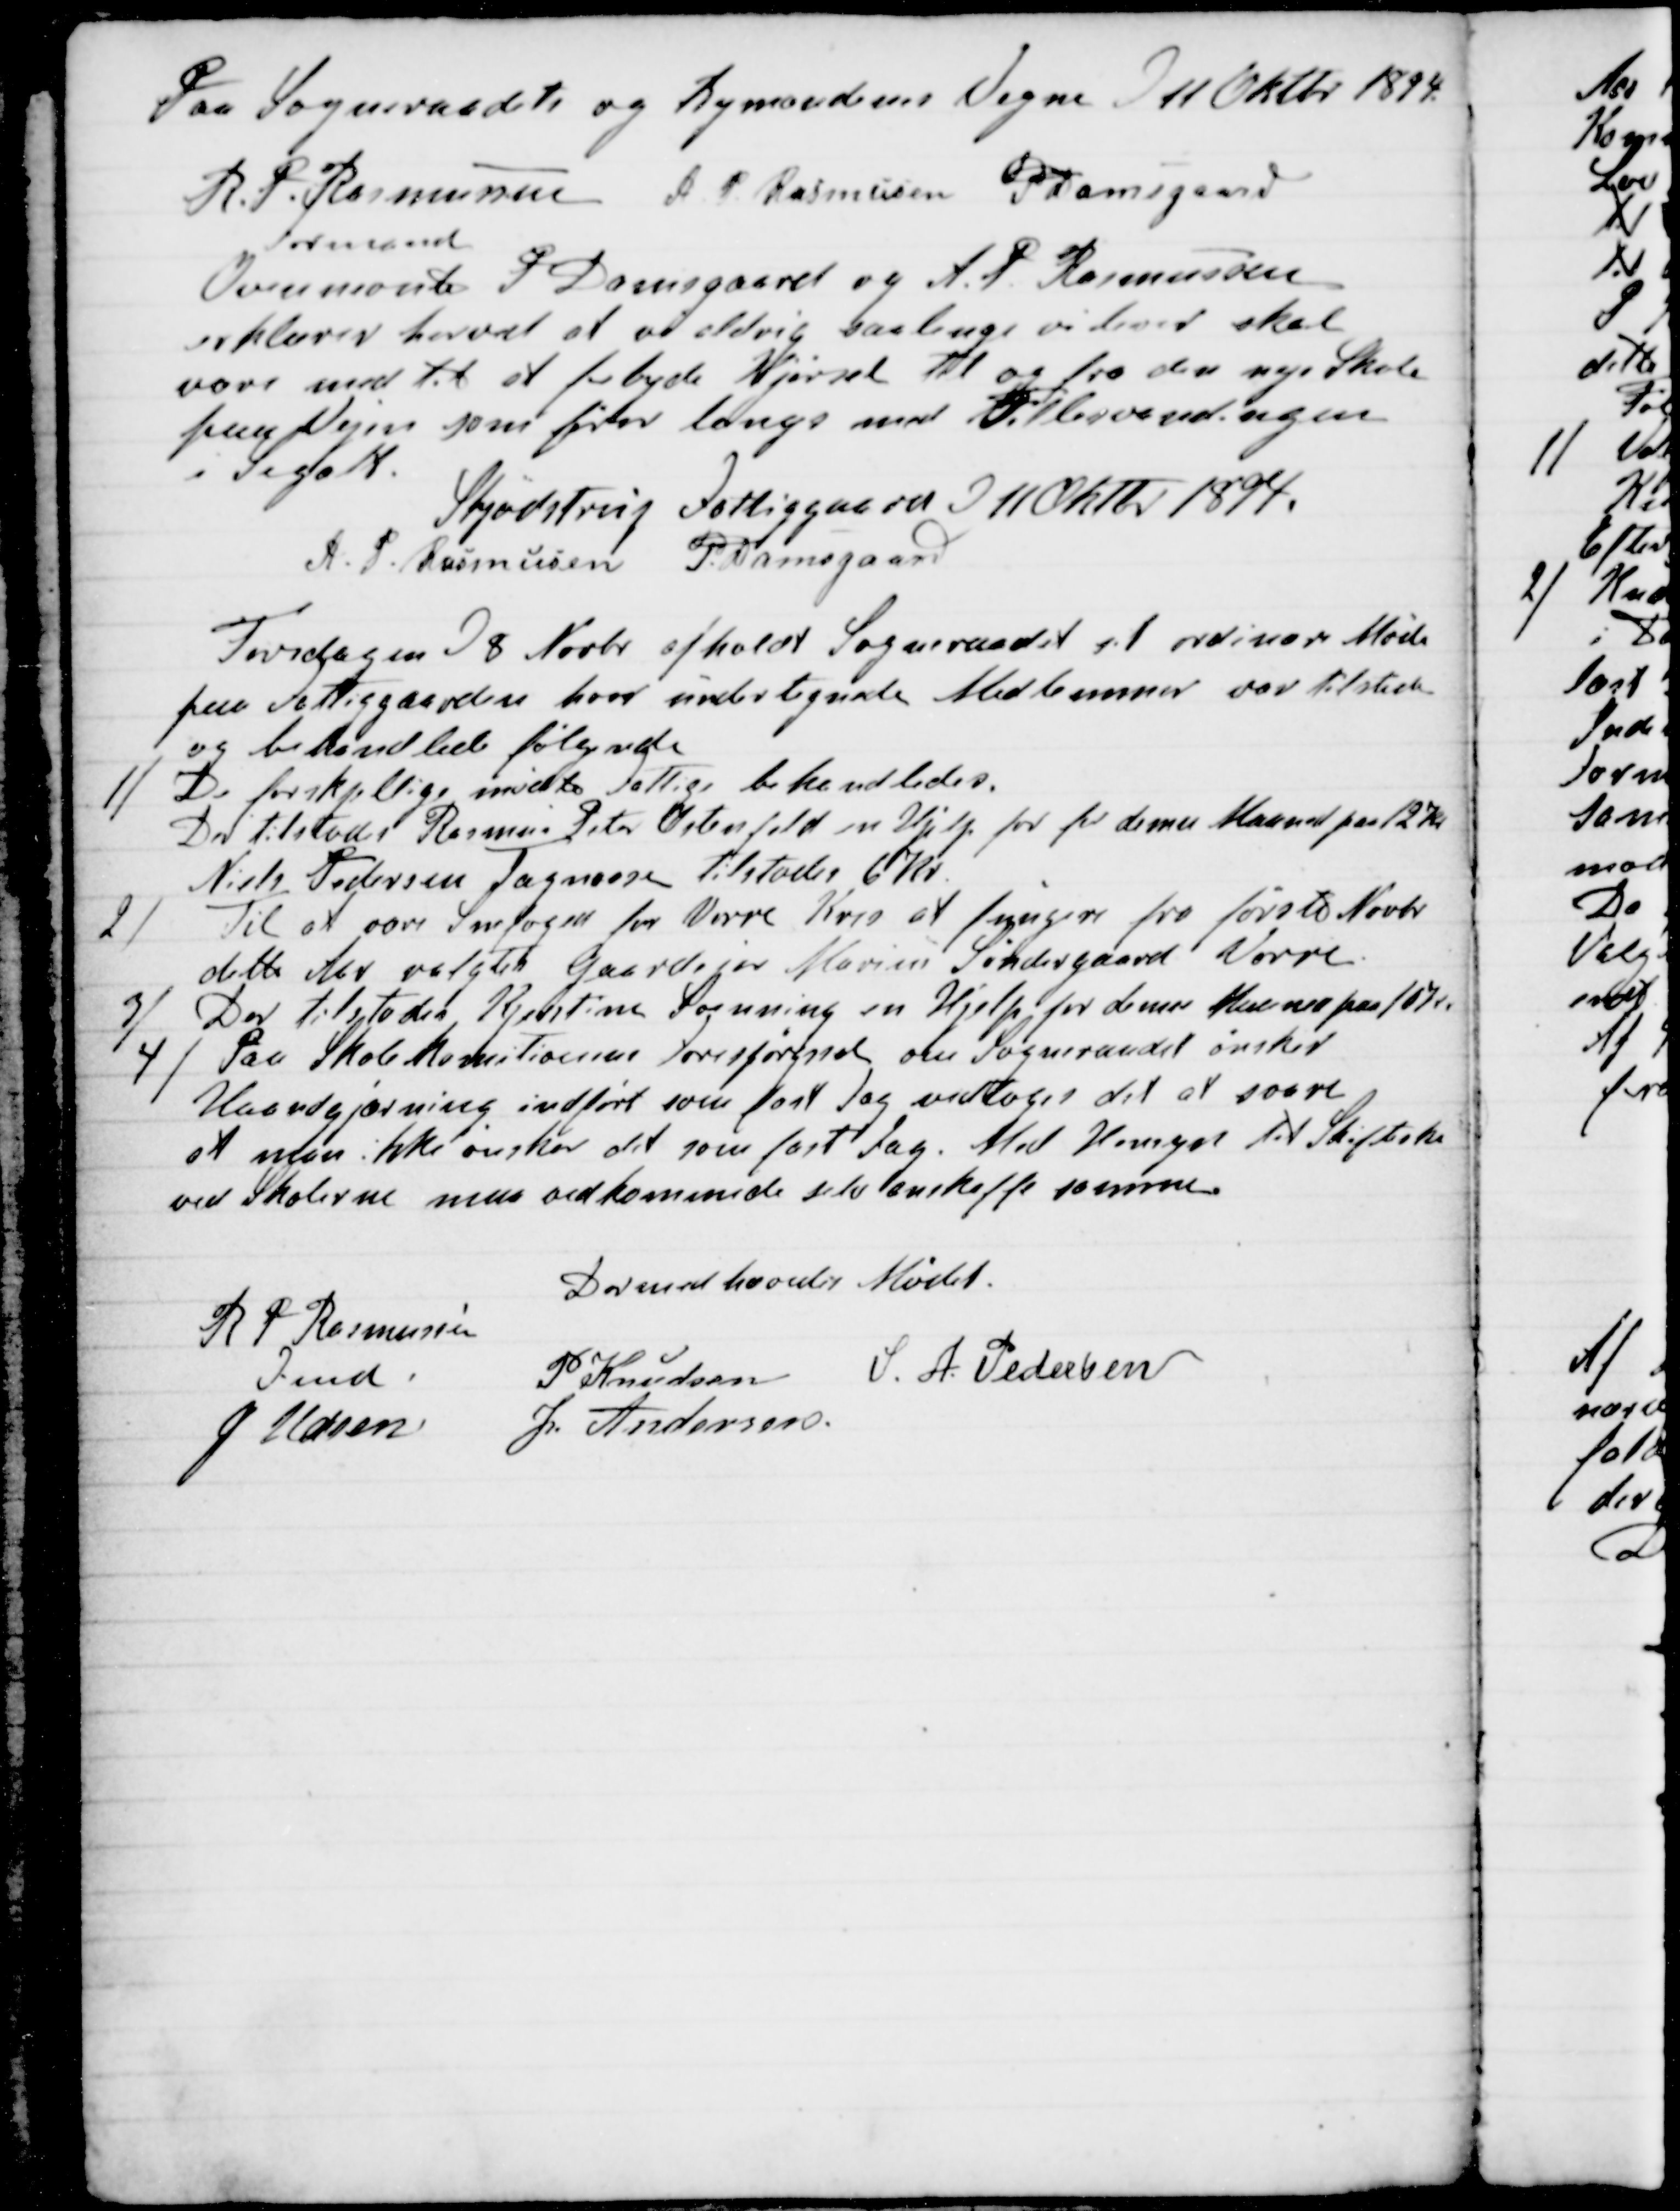
Transskription:
Paa Sogneraadets og Bymændenes Vegne D 11 Oktbr 1894.
R. P. Rasmussen
Formand
A. P. Rasmussen
P Damsgaard
Ovennævnte P Damsgaard og A. P. Rasmussen
erklærer herved at vi aldrig saalænge vi lever skal
være med til at forbyde Kjørsel til og fra den nye Skole
paa Vejen som fører langs med Fellesvandingen
i Segalt.
Skjødstrup Fattiggaard D 11 Oktbr 1894.
A. P. Rasmussen
P. Damsgaard

Torsdagen D 8 Novbr afholdt Sogneraadet sit ordinære Møde
paa Fattiggaarden hvor undertegnede Medlemmer var tilstede
og behandlede følgende
1) De forskjellige mødte Fattige behandledes.
Der tilstodes Rasmus Peter Ostenfeld en Hjelp for denne Maaned paa 12 Kr
Niels Pedersen Tagmose tilstodes 6 Kr.
2) Til at være Snefoged for Vorre Kres at fungere fra første Novbr
dette Aar valgtes Gaardejer Marius Søndergaard Vorre.
3) Der tilstodes Kjerstine Svenning en Hjelp for denne Maaned 10 Kr
4) Paa Skolekomitionens Forespørgsel om Sogneraadet ønsker
Haandgjærning indført som fast Fag vedtoges det at svare
at man ikke ønsker det som fast Fag. Med Hensyn til Skiftesko
ved Skolerne maa vedkommende selv anskaffe samme.
Dermed hævedes Mødet.
R P Rasmussen
Fmd.
J Udsen
P Knudsen
S. A. Pedersen
J. Andersen.